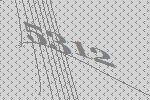
5312